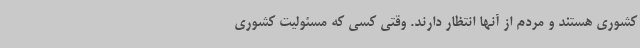
کشوری هستند و مردم از آنها انتظار دارند. وقتی کسی که مسئولیت کشوری